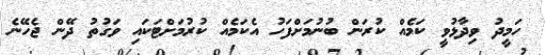
ހަމީދު ވިދާޅުވީ ކަމެއް ކުރަން ބުނުމަށްފަހު އެކަމެއް ކުރުމަށްޓަކައި ވަގުތު ދޭން ޖެހޭނެ